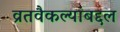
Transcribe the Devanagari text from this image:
व्रतवैकल्यांबद्दल